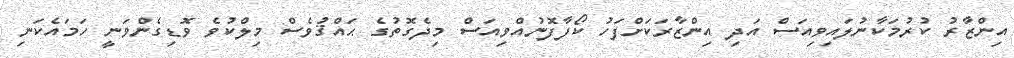
އިންޒާރު ކުރުމަކާނުލައިވިއަސް އަދި އިންޒާރަކަށްފަހު ކޯފާފޮނުއްވިއަސް މިދެގޮތުގެ ޙައްޤުވެސް މިލްކުވެ ވޮޑިގެންވަނީ ހަމައެކަނި